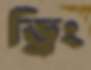
ড্রিং